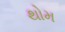
થોમ